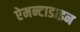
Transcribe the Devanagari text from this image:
ऐमन्टाडाइन